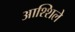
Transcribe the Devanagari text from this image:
आश्शिले